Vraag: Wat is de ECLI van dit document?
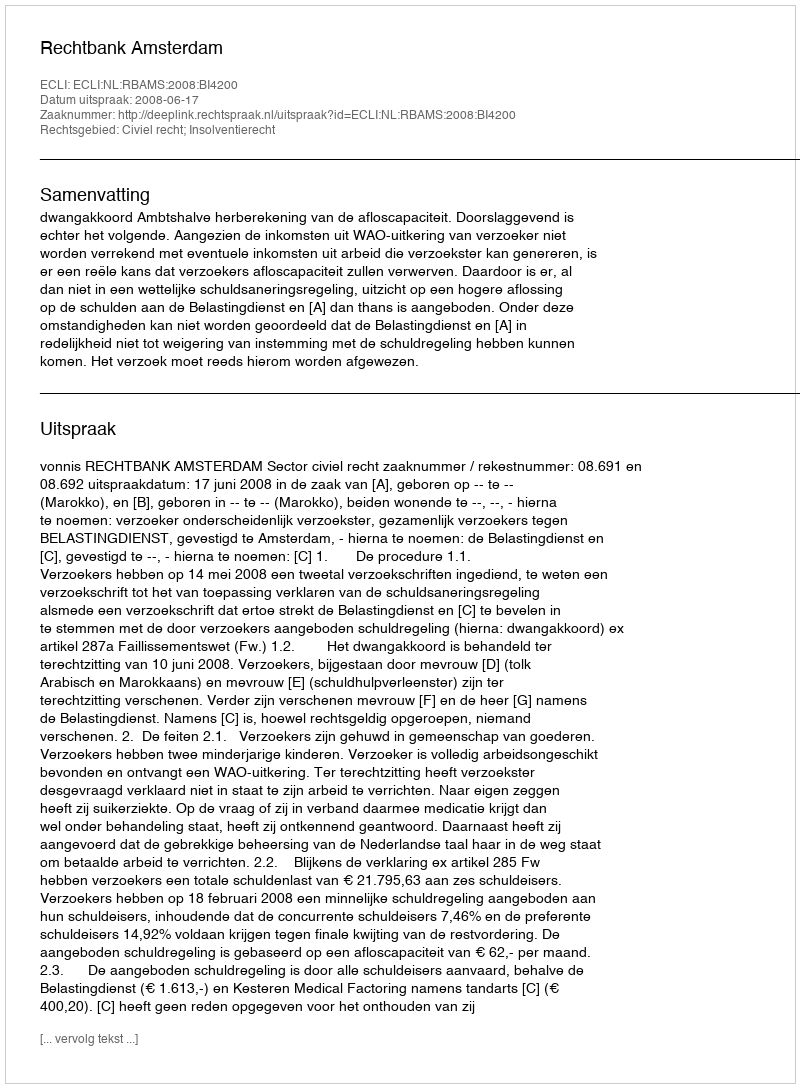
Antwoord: ECLI:NL:RBAMS:2008:BI4200